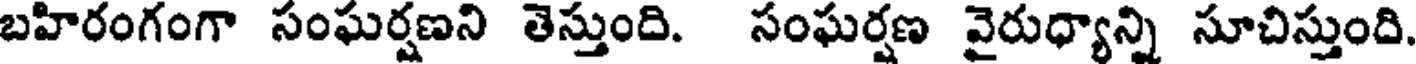
బహిరంగంగా సంఘర్షణని తెస్తుంది. సంఘర్షణ వైరుధ్యాన్ని సూచిస్తుంది.